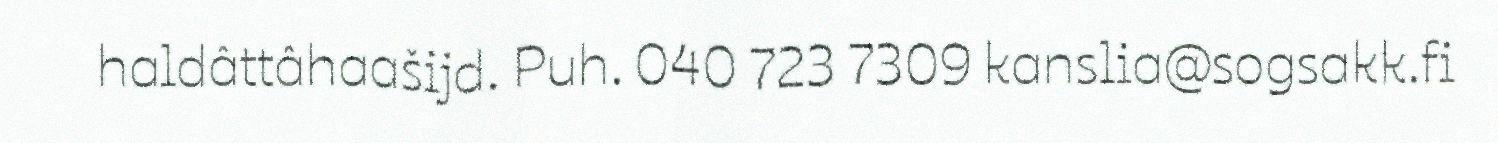
haldâttâhaašijd. Puh. 040 723 7309 kanslia@sogsakk.fi